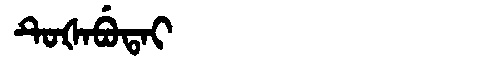
Manchu: ᡨᡠᡧᠠᠪᡠᡨᠠᡳ
Romanization: TUŠABUTAI